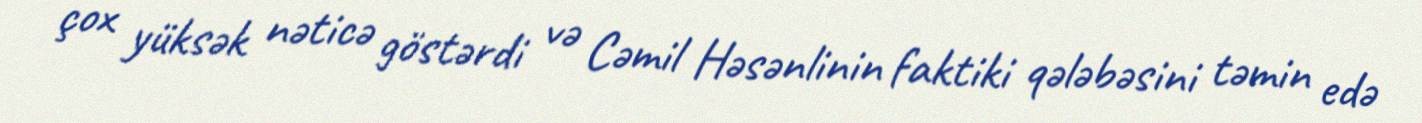
çox yüksək nəticə göstərdi və Cəmil Həsənlinin faktiki qələbəsini təmin edə